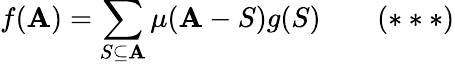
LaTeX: f(\mathbf{A})=\sum_{S\subseteq\mathbf{A}}\mu(\mathbf{A}-S)g(S)\qquad(***)